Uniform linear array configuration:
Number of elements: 48
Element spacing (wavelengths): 0.5
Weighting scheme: exponential
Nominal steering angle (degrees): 60
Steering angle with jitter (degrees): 60.321
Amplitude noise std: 0.05
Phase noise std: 0.05

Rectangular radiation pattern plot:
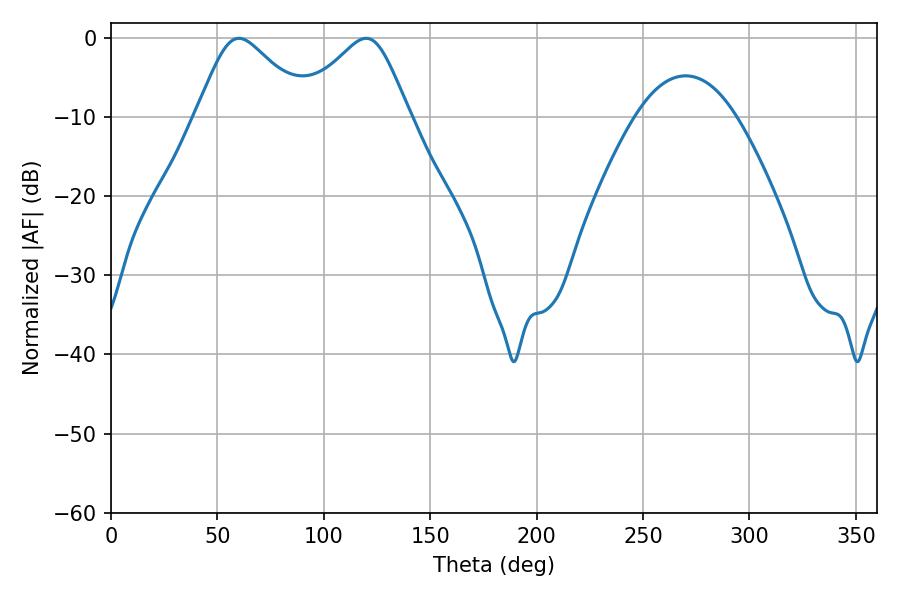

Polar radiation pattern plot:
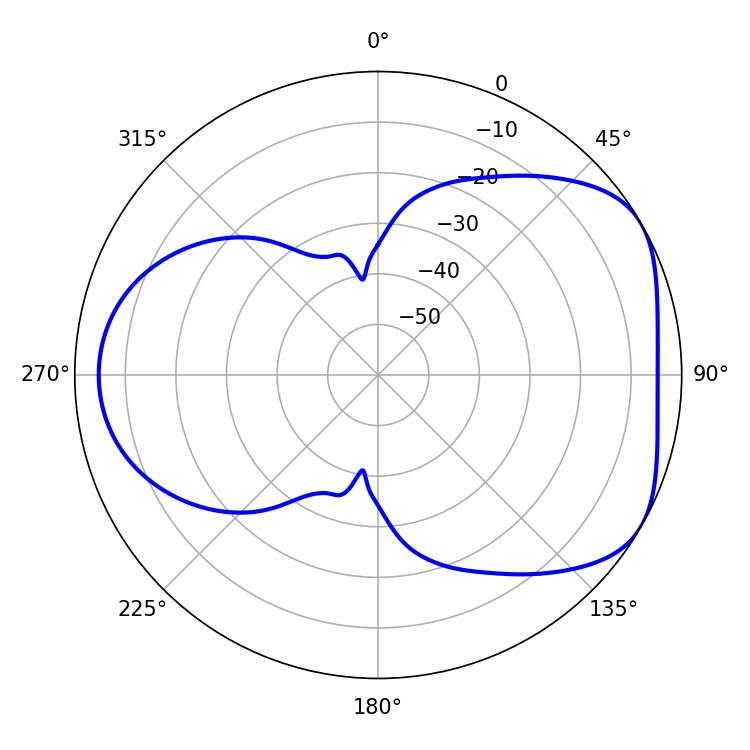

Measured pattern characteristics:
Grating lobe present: FALSE
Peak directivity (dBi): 4.697
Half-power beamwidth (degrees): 25.74
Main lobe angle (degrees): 60.12